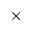
\times